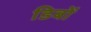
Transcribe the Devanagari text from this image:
डिबों